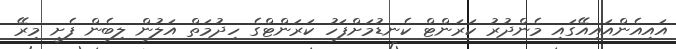
އައިއެންއައިއޭގައި މެންދުރު ކަރަންޓް ކެނޑުމަށްފަހު ކަރަންޓްގެ ހިދުމަތް އަލުން ލިބެން ފެށީ މިރޭ